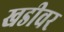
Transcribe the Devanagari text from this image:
खडीवर